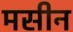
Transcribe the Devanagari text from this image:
मसीन